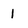
Character: 1